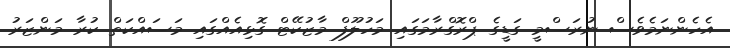
އެހެންނަމެވެސް ނުރަސްމީ ގަޑީގެ ޕްރޮގްރާމަގައި މަހުލޫފް މާޒުކޭޓް ގޮޅިއެއްގައި މަސައްކަތް ކުރާ މަންޒަރު